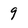
Character: 9